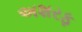
અશરફ